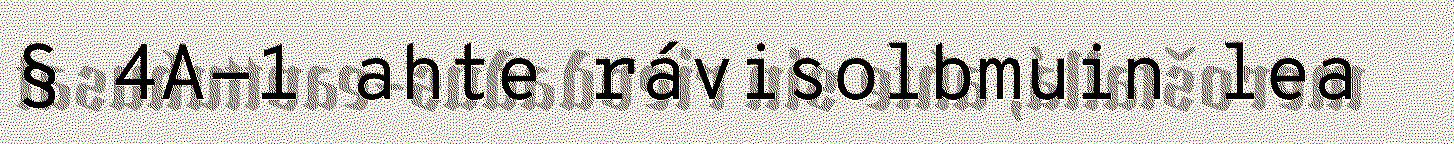
§ 4A-1 ahte rávisolbmuin lea